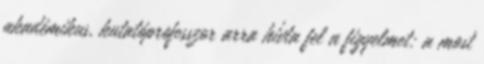
akadémikus, kutatóprofesszor arra hívta fel a figyelmet: a most